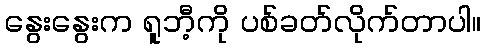
နွေးနွေးက ရူဘီ့ကို ပစ်ခတ်လိုက်တာပါ။